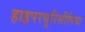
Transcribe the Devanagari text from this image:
हाइपरयूरिसीमिया